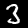
Digit: 3